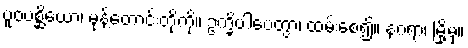
ပူဝပစ္ဆိယော၊ မုန့်တောင်းတို့ကို။ ဥက္ခိပါပေတွာ၊ ထမ်းစေ၍။ နဂရာ၊ မြို့မှ။